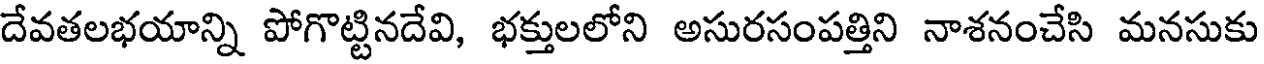
దేవతలభయాన్ని పోగొట్టినదేవి, భక్తులలోని అసురసంపత్తిని నాశనంచేసి మనసుకు